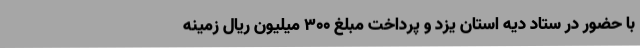
با حضور در ستاد دیه استان یزد و پرداخت مبلغ 300 میلیون ریال زمینه